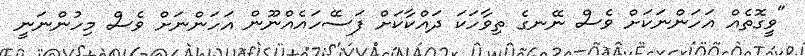
"ވީގޮތެއް އަހަންނަކަށް ވެސް ނޭނގެ ތިވާހަކަ ދައްކާކަށް ފަސޭހައެއްނޫން އަހަންނަށް ވެސް މިހުންނަނީ